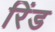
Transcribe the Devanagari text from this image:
रिंड